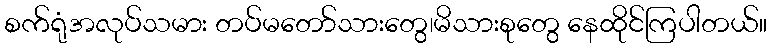
စက်ရုံအလုပ်သမား တပ်မတော်သားတွေ၊မိသားစုတွေ နေထိုင်ကြပါတယ်။